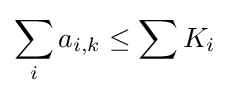
\sum _{i}a_{i,k}\leq \sum K_{i}